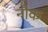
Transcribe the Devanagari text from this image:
नौक